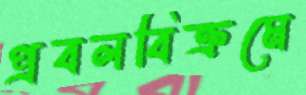
প্রবলবিক্রমে